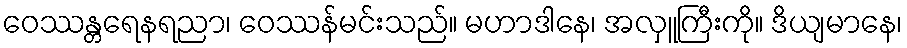
ဝေဿန္တရေနရညာ၊ ဝေဿန်မင်းသည်။ မဟာဒါနေ၊ အလှူကြီးကို။ ဒိယျမာနေ၊